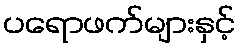
ပရောဖက်များနှင့်